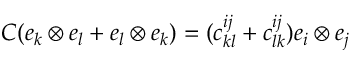
C ( e _ { k } \otimes e _ { l } + e _ { l } \otimes e _ { k } ) = ( c _ { k l } ^ { i j } + c _ { l k } ^ { i j } ) e _ { i } \otimes e _ { j }